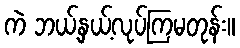
ကဲ ဘယ့်နှယ့်လုပ်ကြမတုန်း။